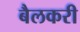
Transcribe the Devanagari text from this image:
बैलकरी